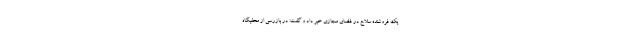
یک فروشنده سلاح در فضای مجازی خبر داد و گفت: در بازرسی از مخفیگاه